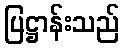
ပြဋ္ဌာန်းသည်